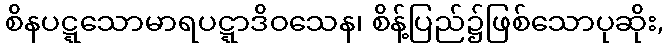
စိနပဋ္ဋသောမာရပဋ္ဋာဒိဝသေန၊ စိန့်ပြည်၌ဖြစ်သောပုဆိုး,